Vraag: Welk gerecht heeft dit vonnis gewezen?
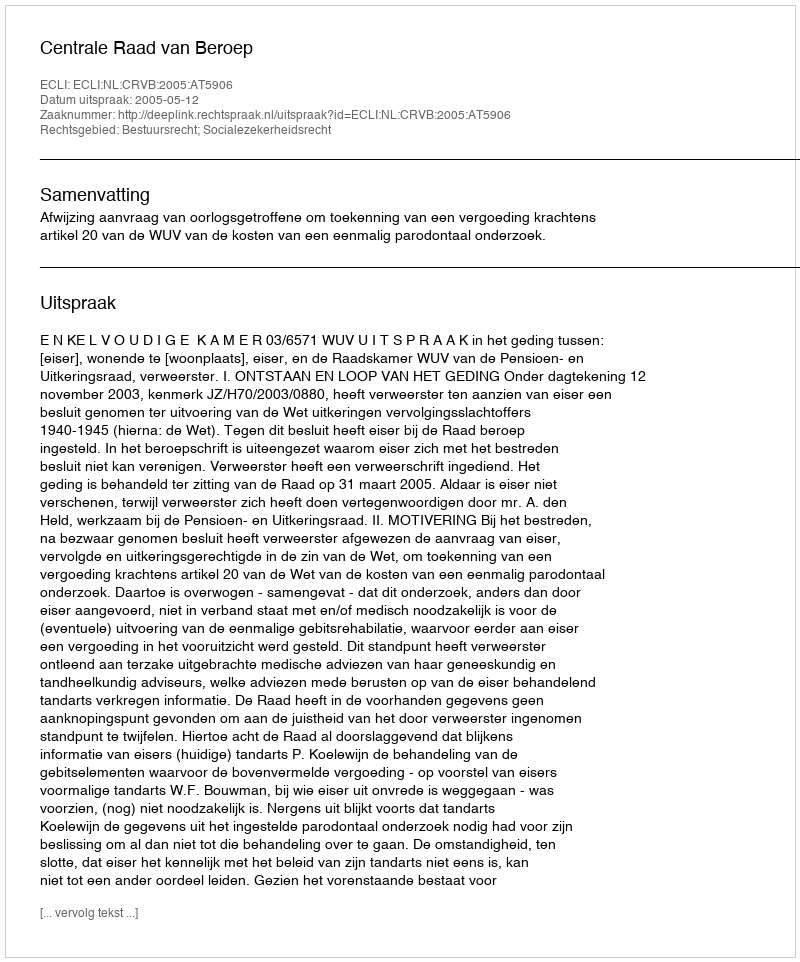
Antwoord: Centrale Raad van Beroep